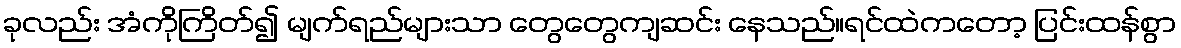
ခုလည်း အံကိုကြိတ်၍ မျက်ရည်များသာ တွေတွေကျဆင်း နေသည်။ရင်ထဲကတော့ ပြင်းထန်စွာ